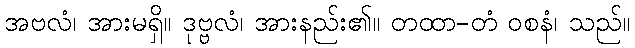
အဗလံ၊ အားမရှိ။ ဒုဗ္ဗလံ၊ အားနည်း၏။ တထာ-တံ ဝစနံ၊ သည်။